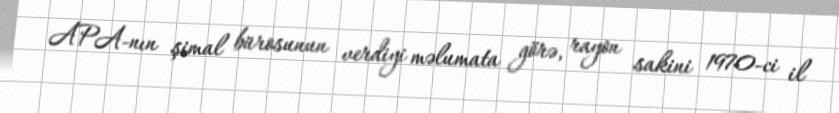
APA-nın şimal bürosunun verdiyi məlumata görə, rayon sakini 1970-ci il